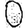
Digit: 0